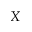
X